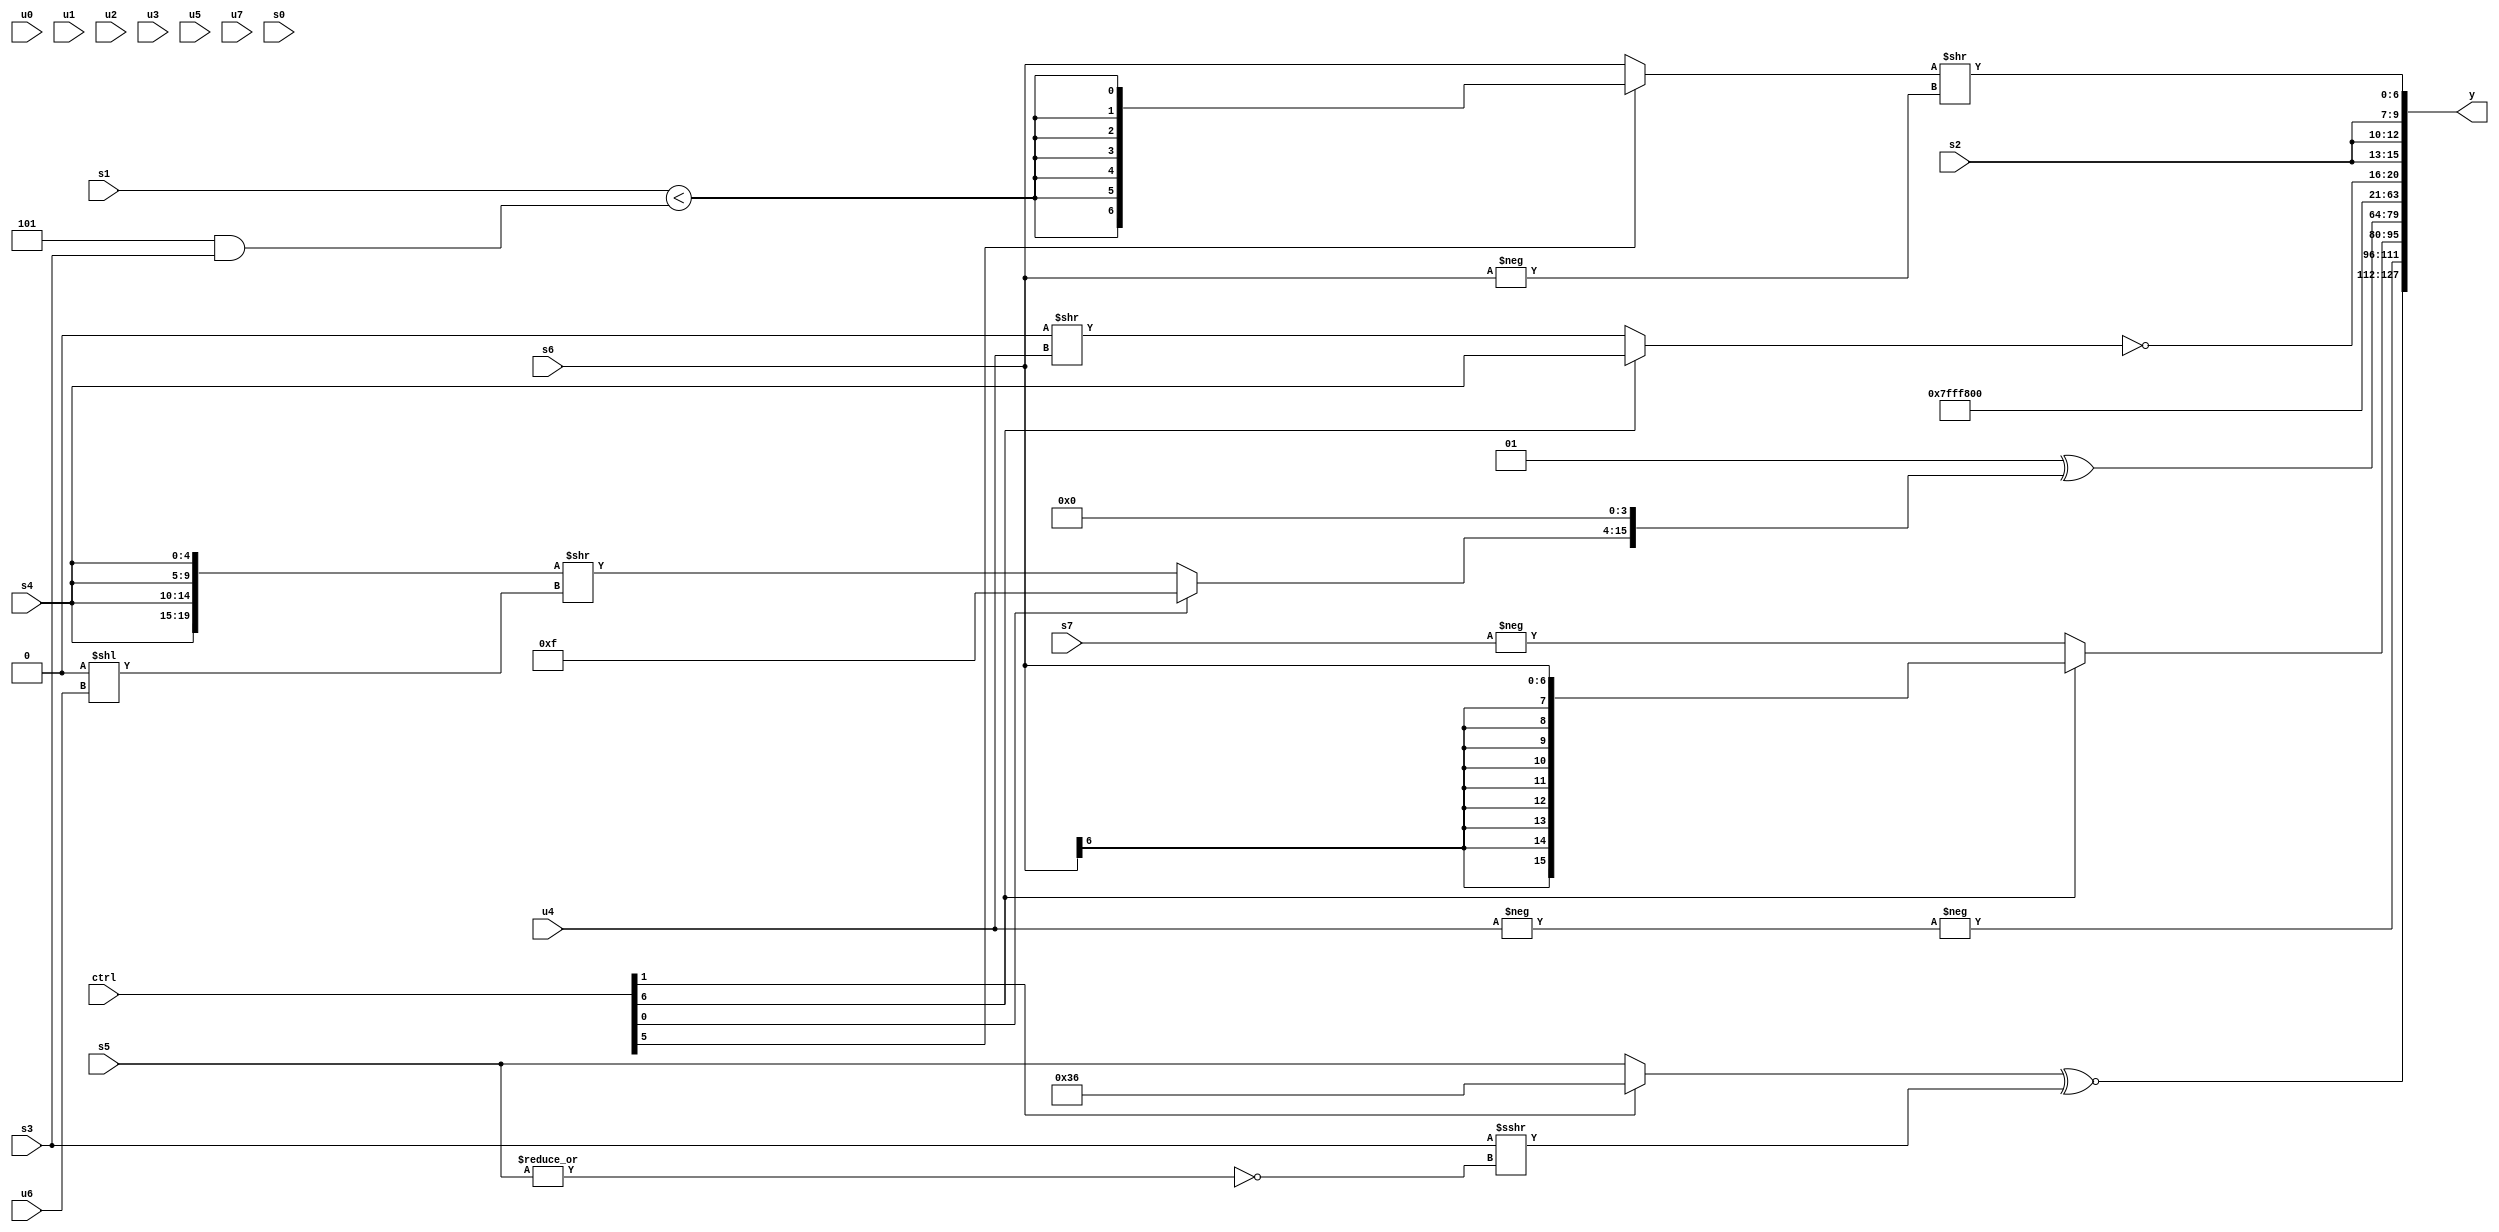
module wideexpr_00776(ctrl, u0, u1, u2, u3, u4, u5, u6, u7, s0, s1, s2, s3, s4, s5, s6, s7, y);
  input [7:0] ctrl;
  input [0:0] u0;
  input [1:0] u1;
  input [2:0] u2;
  input [3:0] u3;
  input [4:0] u4;
  input [5:0] u5;
  input [6:0] u6;
  input [7:0] u7;
  input signed [0:0] s0;
  input signed [1:0] s1;
  input signed [2:0] s2;
  input signed [3:0] s3;
  input signed [4:0] s4;
  input signed [5:0] s5;
  input signed [6:0] s6;
  input signed [7:0] s7;
  output [127:0] y;
  wire [15:0] y0;
  wire [15:0] y1;
  wire [15:0] y2;
  wire [15:0] y3;
  wire [15:0] y4;
  wire [15:0] y5;
  wire [15:0] y6;
  wire [15:0] y7;
  assign y = {y0,y1,y2,y3,y4,y5,y6,y7};
  assign y0 = (+($signed((ctrl[1]?5'sb10110:s5))))^~((s3)>>>(~|(s5)));
  assign y1 = -(-(u4));
  assign y2 = (ctrl[6]?+(s6):-(s7));
  assign y3 = (4'sb0001)^((($signed((ctrl[0]?((4'b1110)|(2'b01))^({1{!(6'sb001010)}}):$signed(({4{s4}})>>((1'b0)<<(u6))))))<<<(5'sb01000))>>>(3'sb100));
  assign y4 = 1'sb0;
  assign y5 = $signed(5'sb11111);
  assign y6 = {1{~($signed((ctrl[6]?s4:(1'sb0)>>(u4))))}};
  assign y7 = {(-((({3{$signed({1{s2}})}})>>(((ctrl[2]?(3'sb011)==(s4):-(s4)))>>(s7)))^(~&((2'sb00)<<({3{{s3,3'b100,s0}}})))))^(+(($signed(6'sb110110))>>($signed(((ctrl[2]?s4:$unsigned(s5)))|(2'sb10))))),6'b001101,{3{s2}},((ctrl[5]?$signed($signed((s1)<($signed((4'sb1101)&(s3))))):s6))>>(-(s6))};
endmodule